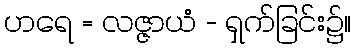
ဟရေ = လဇ္ဇာယံ - ရှက်ခြင်း၌။